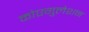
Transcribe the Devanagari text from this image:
कोएगुलेशन